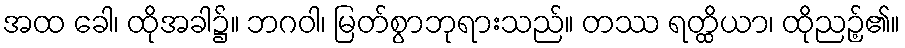
အထ ခေါ၊ ထိုအခါ၌။ ဘဂဝါ၊ မြတ်စွာဘုရားသည်။ တဿ ရတ္ထိယာ၊ ထိုညဉ့်၏။